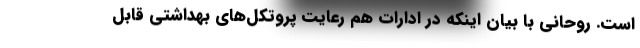
است. روحانی با بیان اینکه در ادارات هم رعایت پروتکل‌های بهداشتی قابل